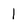
Character: 1